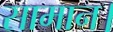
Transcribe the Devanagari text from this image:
सामान।